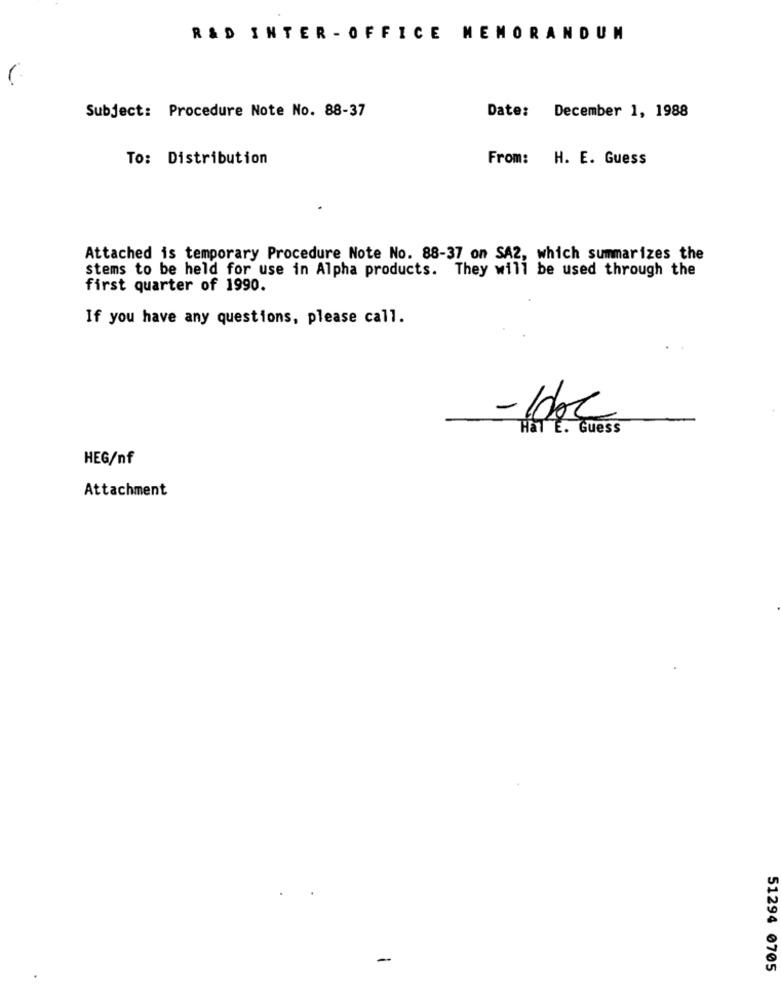
R&D INTER - OFFICE MEMORANDUM
Subject: Procedure Note No. 88-37
Date: December 1, 1988
To: Distribution
From: H. E. Guess
Attached is temporary Procedure Note No. 88-37 on SA2, which summarizes the
stems to be held for use in Alpha products. They will be used through the
first quarter of 1990.
If you have any questions, please call.
-Idoc
Hal E. Guess
HEG/nf
Attachment
-
51294 0705